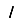
Digit: 1